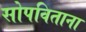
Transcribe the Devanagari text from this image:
सोपविताना